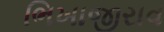
ભિખાજીરાવ